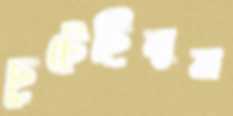
ছুটেছিলুম